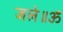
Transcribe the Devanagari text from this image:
जले॥ॐ